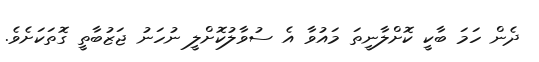
ދެން ހަމަ ބާކީ ކޮށްލާނީތަ މައުވާ އެ ސުވާލުކޮށްލީ ނުހަނު ޖަޒުބާތީ ގޮތަކަށެވެ.